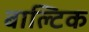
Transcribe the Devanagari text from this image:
बाल्‍टिक